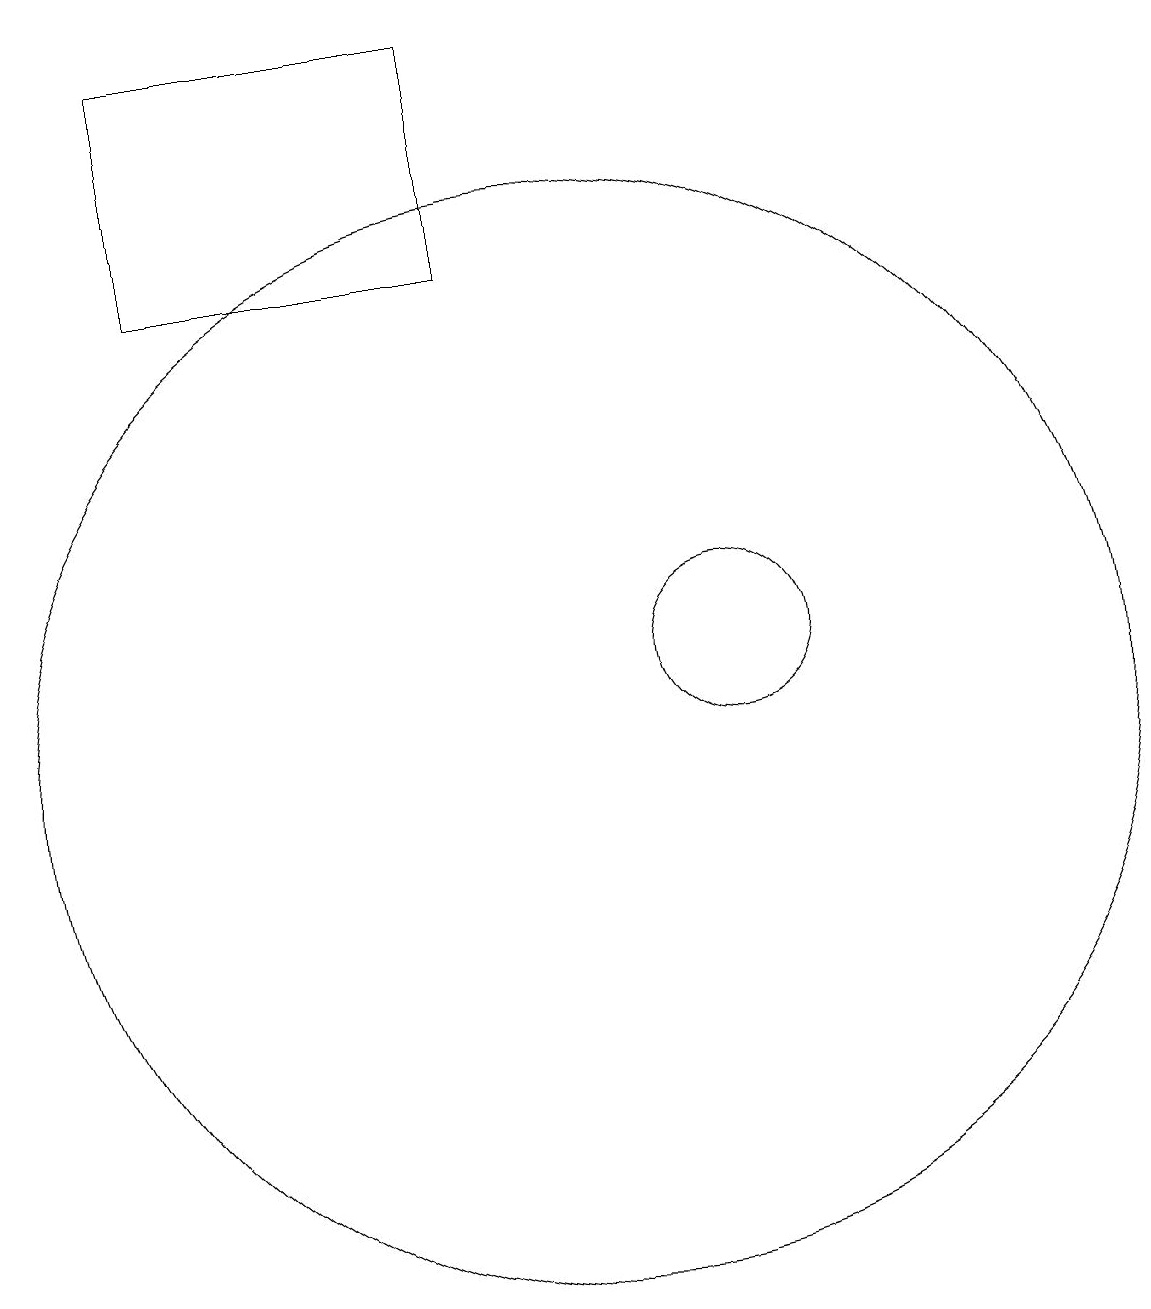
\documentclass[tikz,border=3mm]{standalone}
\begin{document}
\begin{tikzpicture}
\draw (5,16) rectangle (9,19);
\draw (11,11) circle (0);
\draw (12,11) circle (1);
\draw (10,10) circle (7);
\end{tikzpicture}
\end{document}